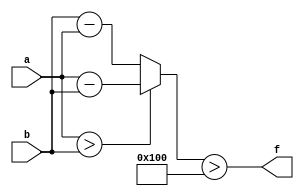
module wce_mit(a, b, f);
parameter _bit = 34;
parameter wce = 256;
input [_bit - 1: 0] a;
input [_bit - 1: 0] b;
output f;
wire [_bit - 1: 0] diff;
assign diff = (a > b)? (a - b): (b - a);
assign f = (diff > wce);
endmodule